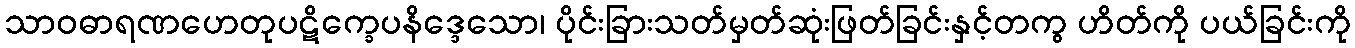
သာဝဓာရဏဟေတုပဋိက္ခေပနိဒ္ဒေသော၊ ပိုင်းခြားသတ်မှတ်ဆုံးဖြတ်ခြင်းနှင့်တကွ ဟိတ်ကို ပယ်ခြင်းကို